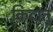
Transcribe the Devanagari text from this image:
किदातु